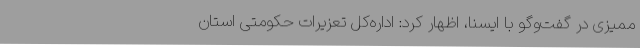
ممیزی در گفت‌وگو با ایسنا، اظهار کرد: اداره‌کل تعزیرات حکومتی استان